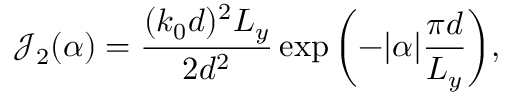
\mathcal { J } _ { 2 } ( \alpha ) = \frac { ( k _ { 0 } d ) ^ { 2 } L _ { y } } { 2 d ^ { 2 } } \exp { \left( - | \alpha | \frac { \pi d } { L _ { y } } \right) } ,